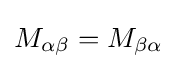
M_{\alpha \beta }=M_{\beta \alpha }